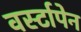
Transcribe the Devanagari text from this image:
वर्स्टापेन